Memorandum on the prevention of leprosy by segregation of the affected
Disease focus: Leprosy
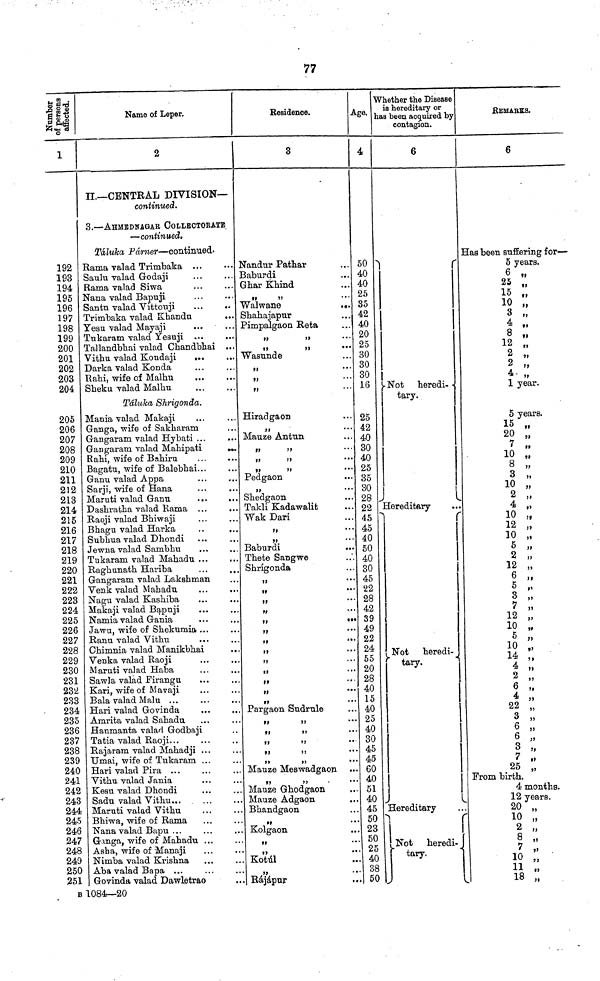
77
Number of
persons
affected.
1
192
193
194
195
196
197
198
199
200
201
202
203
204
205
206
207
208
209
210
211
212
213
214
215
216
217
218
219
220
221
222
223
224
225
226
227
228
229
230
231
232
233
234
235
236
237
238
239
240
241
242
243
244
245
246
247
248
249
250
251
Name of Leper.
2
II.— CENTRAL DIVISION—
continued.
3. — AHMBDNAGAR COLLECTORATE.
— continued.
Táluka Parner — continued-
Rama valad Trimbaka ...
Saulu valad Godaji
Rama valad Siwa
Nana valad Bapuji
Santn valad Vittouji
Trimbaka valad Khandn
...
Yesu valad Mayaji
Tukaram valad Yesuji ...
Tallandbhai valad Chandbhai ...
Vithu valad Kondaji
...
Darka valad Konda
Rahi, wife of Malhu
Sheku valad Malhu
Táluka Shrigonda.
Mania valad Makaji
Ganga, wife of Sakharam
Gangaram valad Hybati ...
Gangaram valad Mahipati
Rahi, wife of Bahiru
Bagatu, wife of Balebhai...
Ganu valad Appa
Sarji, wife of Hana
Maruti valad Ganu
...
..
Dashratha valad Rama ...
Raoji valad Bhiwaji
Bhagu valad Harka
Subhua valad Dhondi
Jewna valad Sambhu
Tukaram valad Mahadu ...
,.
Raghunath Hariba
...
..
Gangaram valad Lakshman
Venk valad Mahadu
Nagu valad Kashiba
Makaji valad Bapuji
Namia valad Gania
Jawu, wife of Shekumia ...
Ranu valad Vitnu
Chimnia valad Manikbhai
.
Venka valad Raoji
Maruti valad Haba
Sawla valad Firangu
Kari, wife of Mavaji
Bala valad Malu ...
Hari valad Govinda
Amrita valad Sabadu
Hanmanta valad Godbaji
Tatia valad Raoji...
Rajaram valad Mahadji ...
Umai, wife of Tukaram ...
Hari valad Pira ...
Vithu valad Jania
Kesu valad Dhondi
Sadu valad Vithu ...
Maruti valad Vitbu
Bhiwa, wife of Rama
Nana valad Bapu ...
Ganga, wife of Mahadu ...
Asha, wife of Manaji
Nimba valad Krishna
Aba valad Bapa ...
Govinda valad Dawletrao
Residence.
3
Nandur Pathar
Baburdi
Ghar Khind
Walwane
...
Shahajapur
Pimpalgaon Reta
,,
,,
Wasunde
,,
,,
,,
Hiradgaon
,,
Mauze Antun
,,
,,
,,
,,
,,
,,
Pedgaon
,,
...
Shedgaon
Takli Kadawalit
Wak Dari
,,
,,
Baburdi
Thete Sangwe
Shrigonda
,,
,,
,,
,,
"
,,
,,
,,
,,
,,
,,
,,
Pargaon Sudrule
"
"
,,
,,
,,
Mauze Meswadgaon
,,
,,
Mauze Ghodgaon
Mauze Adgaon
Bhandgaon
,,
Kolgaon
"
,,
Kotúl
,,
Rájápur
Age.
4
50
40
40
25
35
42
40
20
25
30
30
30
16
25
42
40
30
40
25
35
30
28
22
45
45
40
50
40
30
45
22
28
42
39
49
22
24
55
20
28
40
15
40
25
40
30
45
45
60
40
51
40
45
50
23
50
25
40
38
50
Whether the Disease
is hereditary or
las been acquired by
contagion.
6
Not
heredi-
tary.
Hereditary
Not heredi-
tary.
Hereditary
Not heredi-
tary.
REMARKS.
6
Has been suffering for —
5 years.
6 „
25 „
15 „
10 „
3 „
4 „
8 „
12 „
2 „
2 ,,
4 „
1 year.
5 years.
15 „
20 „
7 „
10 „
8 „
3 „
10 „
2 „
4 „
10 „
12 „
10 „
5 „
2 „
12 „
6 „
5 ,1
3 „
7 „
12 „
10 „
5 „
10 „
14 „
4 „
2 „
6 „
4 „
22 „
3 „
6 „
6 „
3 „
7 „
25 „
From birth.
4 months.
12 years.
20 „
10 „
2 „
8 „
7 „
10 "
11 "
18 "
B 1084—20